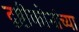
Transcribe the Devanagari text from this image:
दृष्टीकोनांच्या